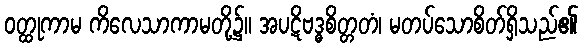
ဝတ္ထုကာမ ကိလေသာကာမတို့၌။ အပဋိဗဒ္ဓစိတ္တတံ၊ မတပ်သောစိတ်ရှိသည်၏